Punjab Mental Hospital Lahore 1932-46 - 1932-1946
Year: 1932
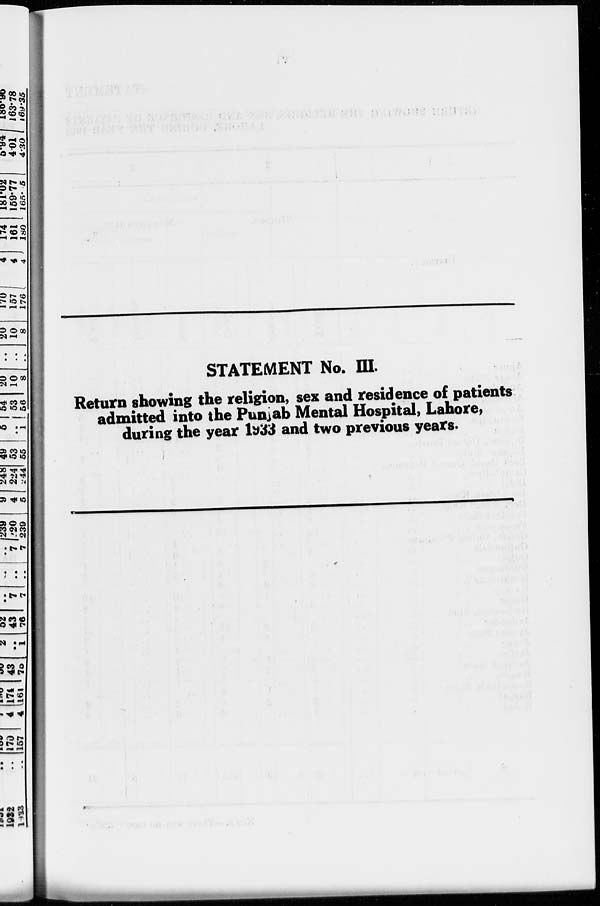
STATEMENT No. III.
Return showing the religion, sex and residence of patients
admitted into the Punjab Mental Hospital, Lahore,
during the year 1933 and two previous years.